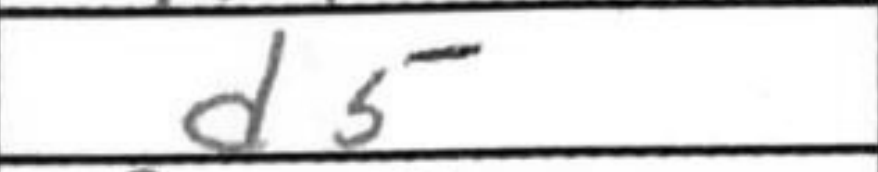
Transcription: d5